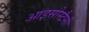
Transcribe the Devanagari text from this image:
आइसोस्टैसी